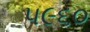
૫૯૬૦